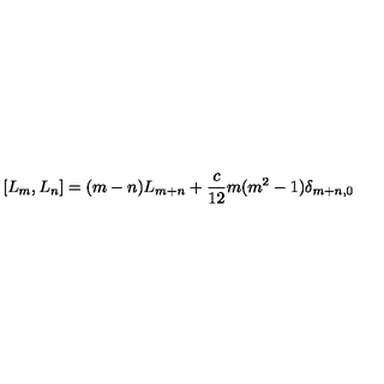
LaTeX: [ L _ { m } , L _ { n } ] = ( m - n ) L _ { m + n } + \frac { c } { 1 2 } m ( m ^ { 2 } - 1 ) \delta _ { m + n , 0 }